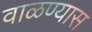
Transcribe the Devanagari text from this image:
वाळण्यास